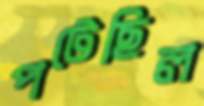
পটেছিল